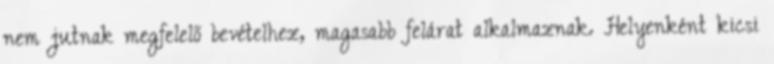
nem jutnak megfelelő bevételhez, magasabb felárat alkalmaznak. Helyenként kicsi